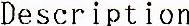
DESCRIPTION